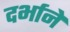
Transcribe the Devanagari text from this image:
दर्भाने